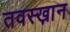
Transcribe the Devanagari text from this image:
तवस्ख़ान